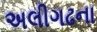
અલીગઢના